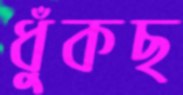
ধুঁকছ